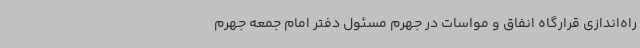
راه‌اندازی قرارگاه انفاق و مواسات در جهرم مسئول دفتر امام جمعه جهرم